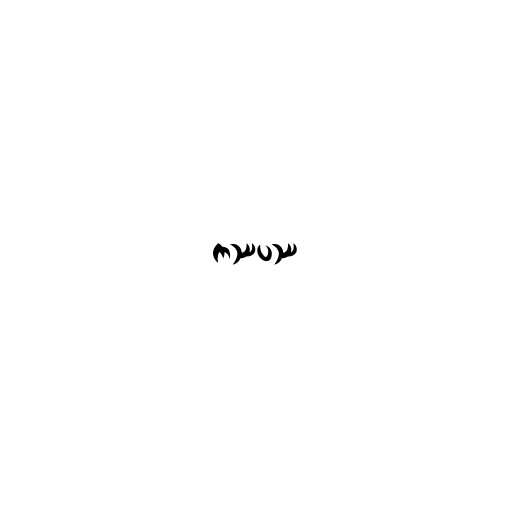
ကဿပဿ